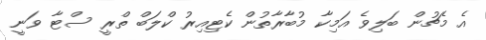
އެ މެޗުން ބަލިވެ އަމިކާ މުބާރާތުން ކެޓިއިރު ކްލަބް ތްރީ ސްޓާ ވަނީ